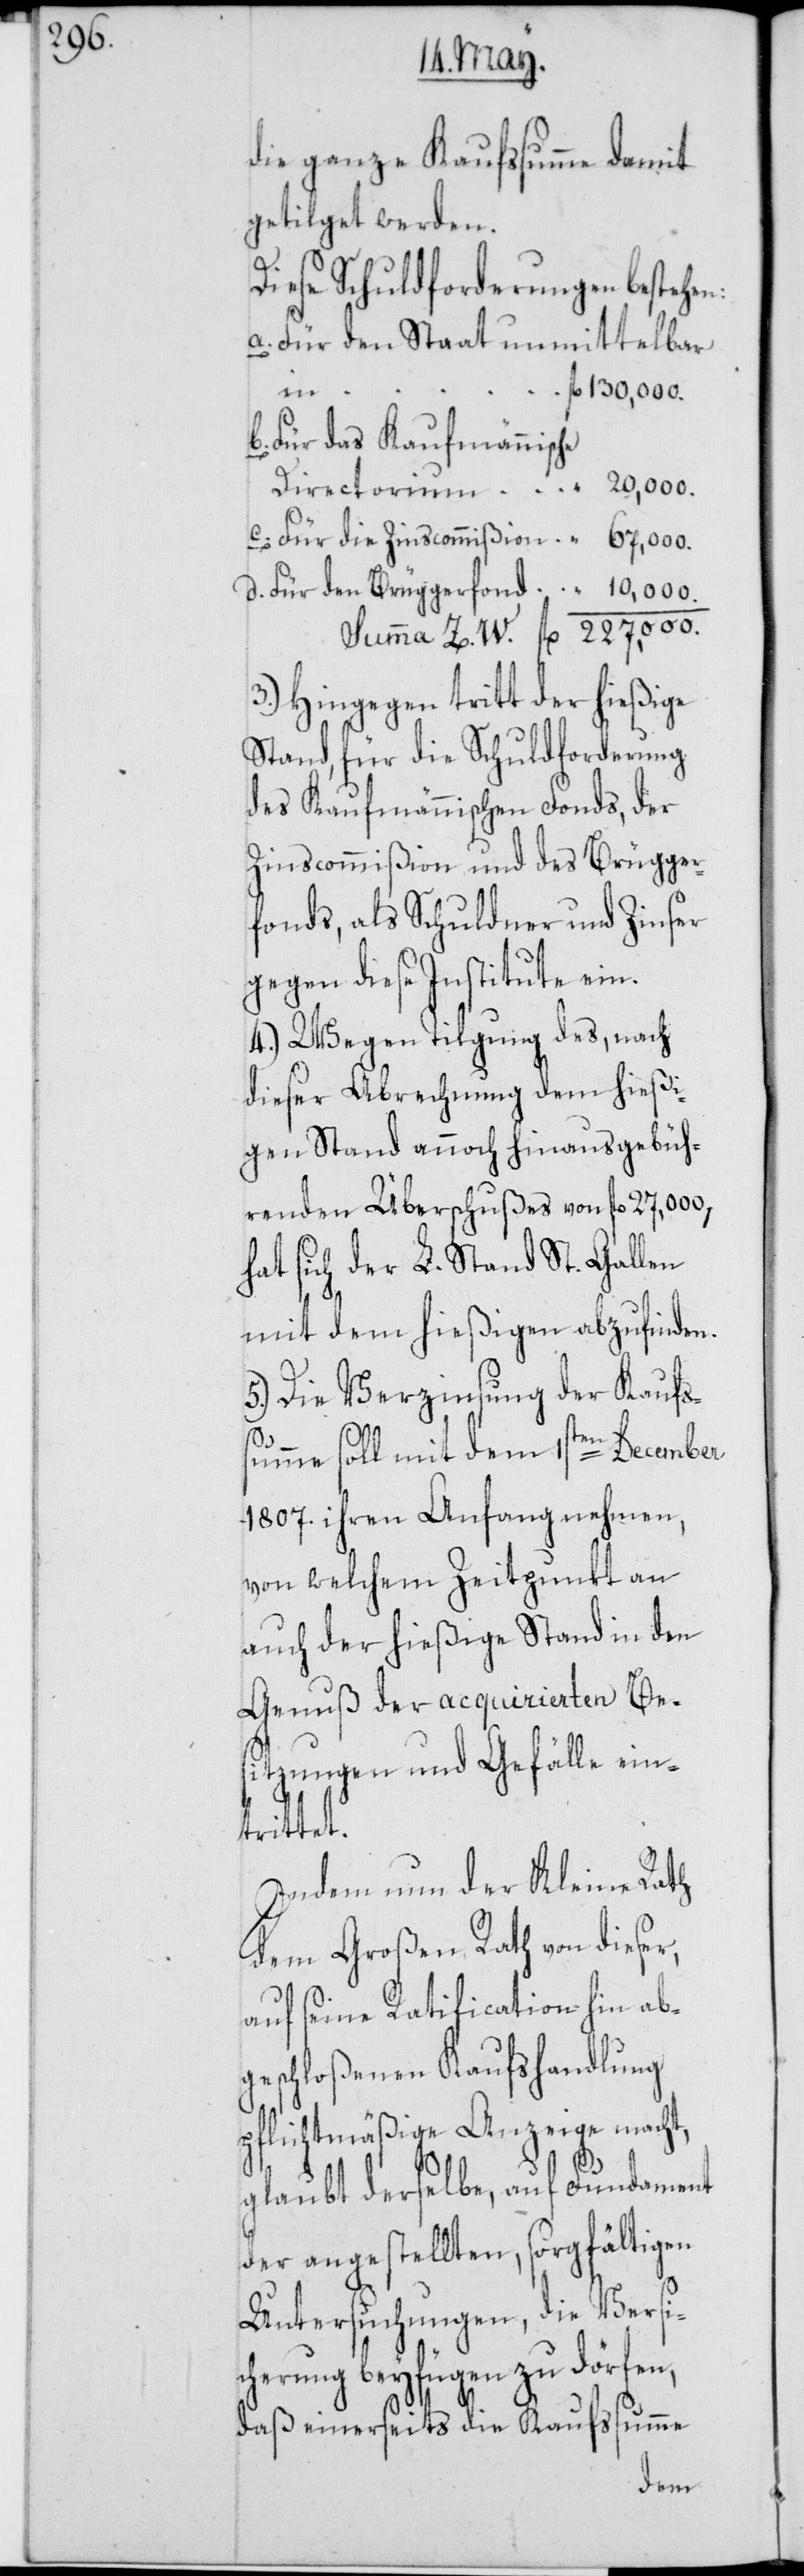
die ganze Kaufssumme damit
getilget werden.
Diese Schuldforderungen bestehen:
a. Für den Staat unmittelbar
s¬
fl. 130,000.
b. Für das Kaufmännische
Directorium in “ 20,000.
c. Für die Zinscommißion in “ 67,000.
d. Für den Brüggerfonds in fl. “ 10,000.
Summa Z. W. fl. 227,000.
3.) Hingegen tritt der hießige
Stand, für die Schuldforderung
des Kaufmännischen Fonds, der
Zinscommißion und des Brügger¬
fonds, als Schuldner und Zinser
gegen diese Institute ein.
4.) Wegen Tilgung des, nach
dieser Abrechnung dem hießi¬
gen Stand annoch hinausgebüh¬
renden Überschußes von fl. 27,000,
hat sich der L. Stand St. Gallen
mit dem hießigen abzufinden.
5.) Die Verzinsung der Kaufs¬
umme soll mit dem 1sten December
1807. ihren Anfang nehmen,
von welchem Zeitpunkt an
auch der hießige Stand in den
Genuß der acquirierten Be¬
sitzungen und Gefälle ein¬
trittet.
Indem nun der Kleine Rath
dem Großen Rath von dieser,
auf seine Ratification hin ab¬
geschloßenen Kaufshandlung
pflichtmäßige Anzeige macht,
glaubt derselbe, auf Fundament
der angestellten, sorgfältigen
Untersuchungen, die Versi¬
cherung beyfügen zu dörfen,
daß einerseits die Kaufssumme